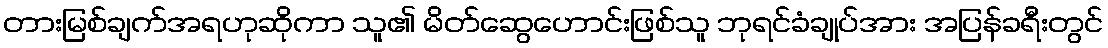
တားမြစ်ချက်အရဟုဆိုကာ သူ၏ မိတ်ဆွေဟောင်းဖြစ်သူ ဘုရင်ခံချုပ်အား အပြန်ခရီးတွင်